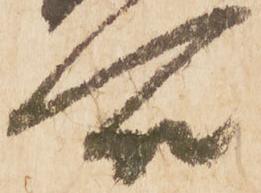
合